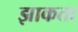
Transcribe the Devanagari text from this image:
झाकता